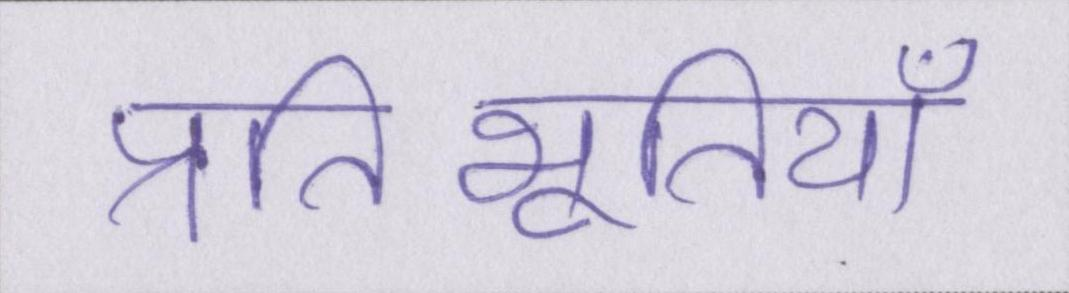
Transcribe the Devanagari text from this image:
प्रतिभूतियाँ